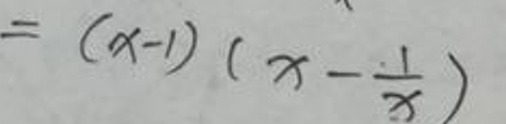
\[
=(x - 1)\left(x-\frac{1}{x}\right)
\]